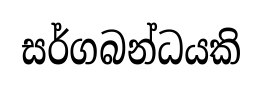
සර්ගබන්ධයකි